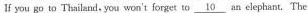
If you go to Thailand, you won't forget to \underline{10} an elephant. The